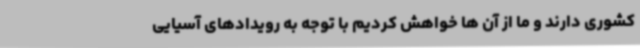
کشوری دارند و ما از آن ها خواهش کردیم با توجه به رویدادهای آسیایی